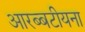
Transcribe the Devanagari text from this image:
आरब्बटीयना